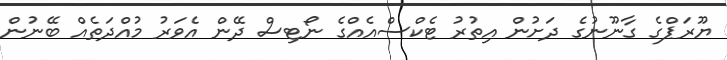
ޔޫރަޕްގެ ގާނޫނުގެ ދަށުން އިތުރު ޓެކްސްއެއްގެ ނޯޓިސް ދޭން އެވަރު މުއްދަތެއް ބޭނުން